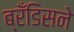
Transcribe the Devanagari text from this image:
ब्रँडिसने